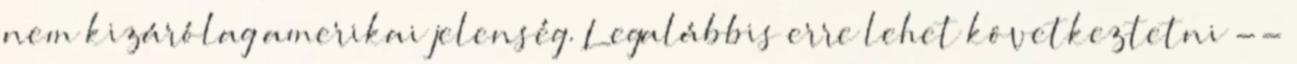
nem kizárólag amerikai jelenség. Legalábbis erre lehet következtetni --